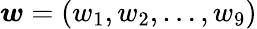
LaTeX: \boldsymbol{w}=(w_{1},w_{2},\dots,w_{9})